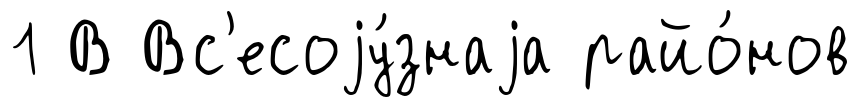
1 В Вс'есоjу́знаjа райо́нов